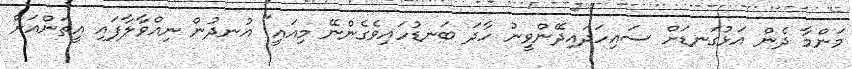
މަންމާ ދެން އަޅުގަނޑަށް ސައިހަދައިދޭންވީނު ހާދަ ބަނޑުހައިވެގެންނޭ މިއައީ" އުނދުން ނިއްވާލާފައި އީތަންއަށް